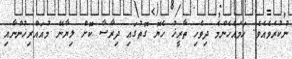
ނުކުރެވެއެވެ. ހަމައެހެންމެ ދިވެހި ތާރީޚު ހެޔޮ ގޮތުގައި ދިރާސާ ކޮށް ލިޔާނޭ މުއައްރިޚުންނާއި